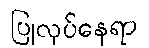
ပြုလုပ်နေရာ